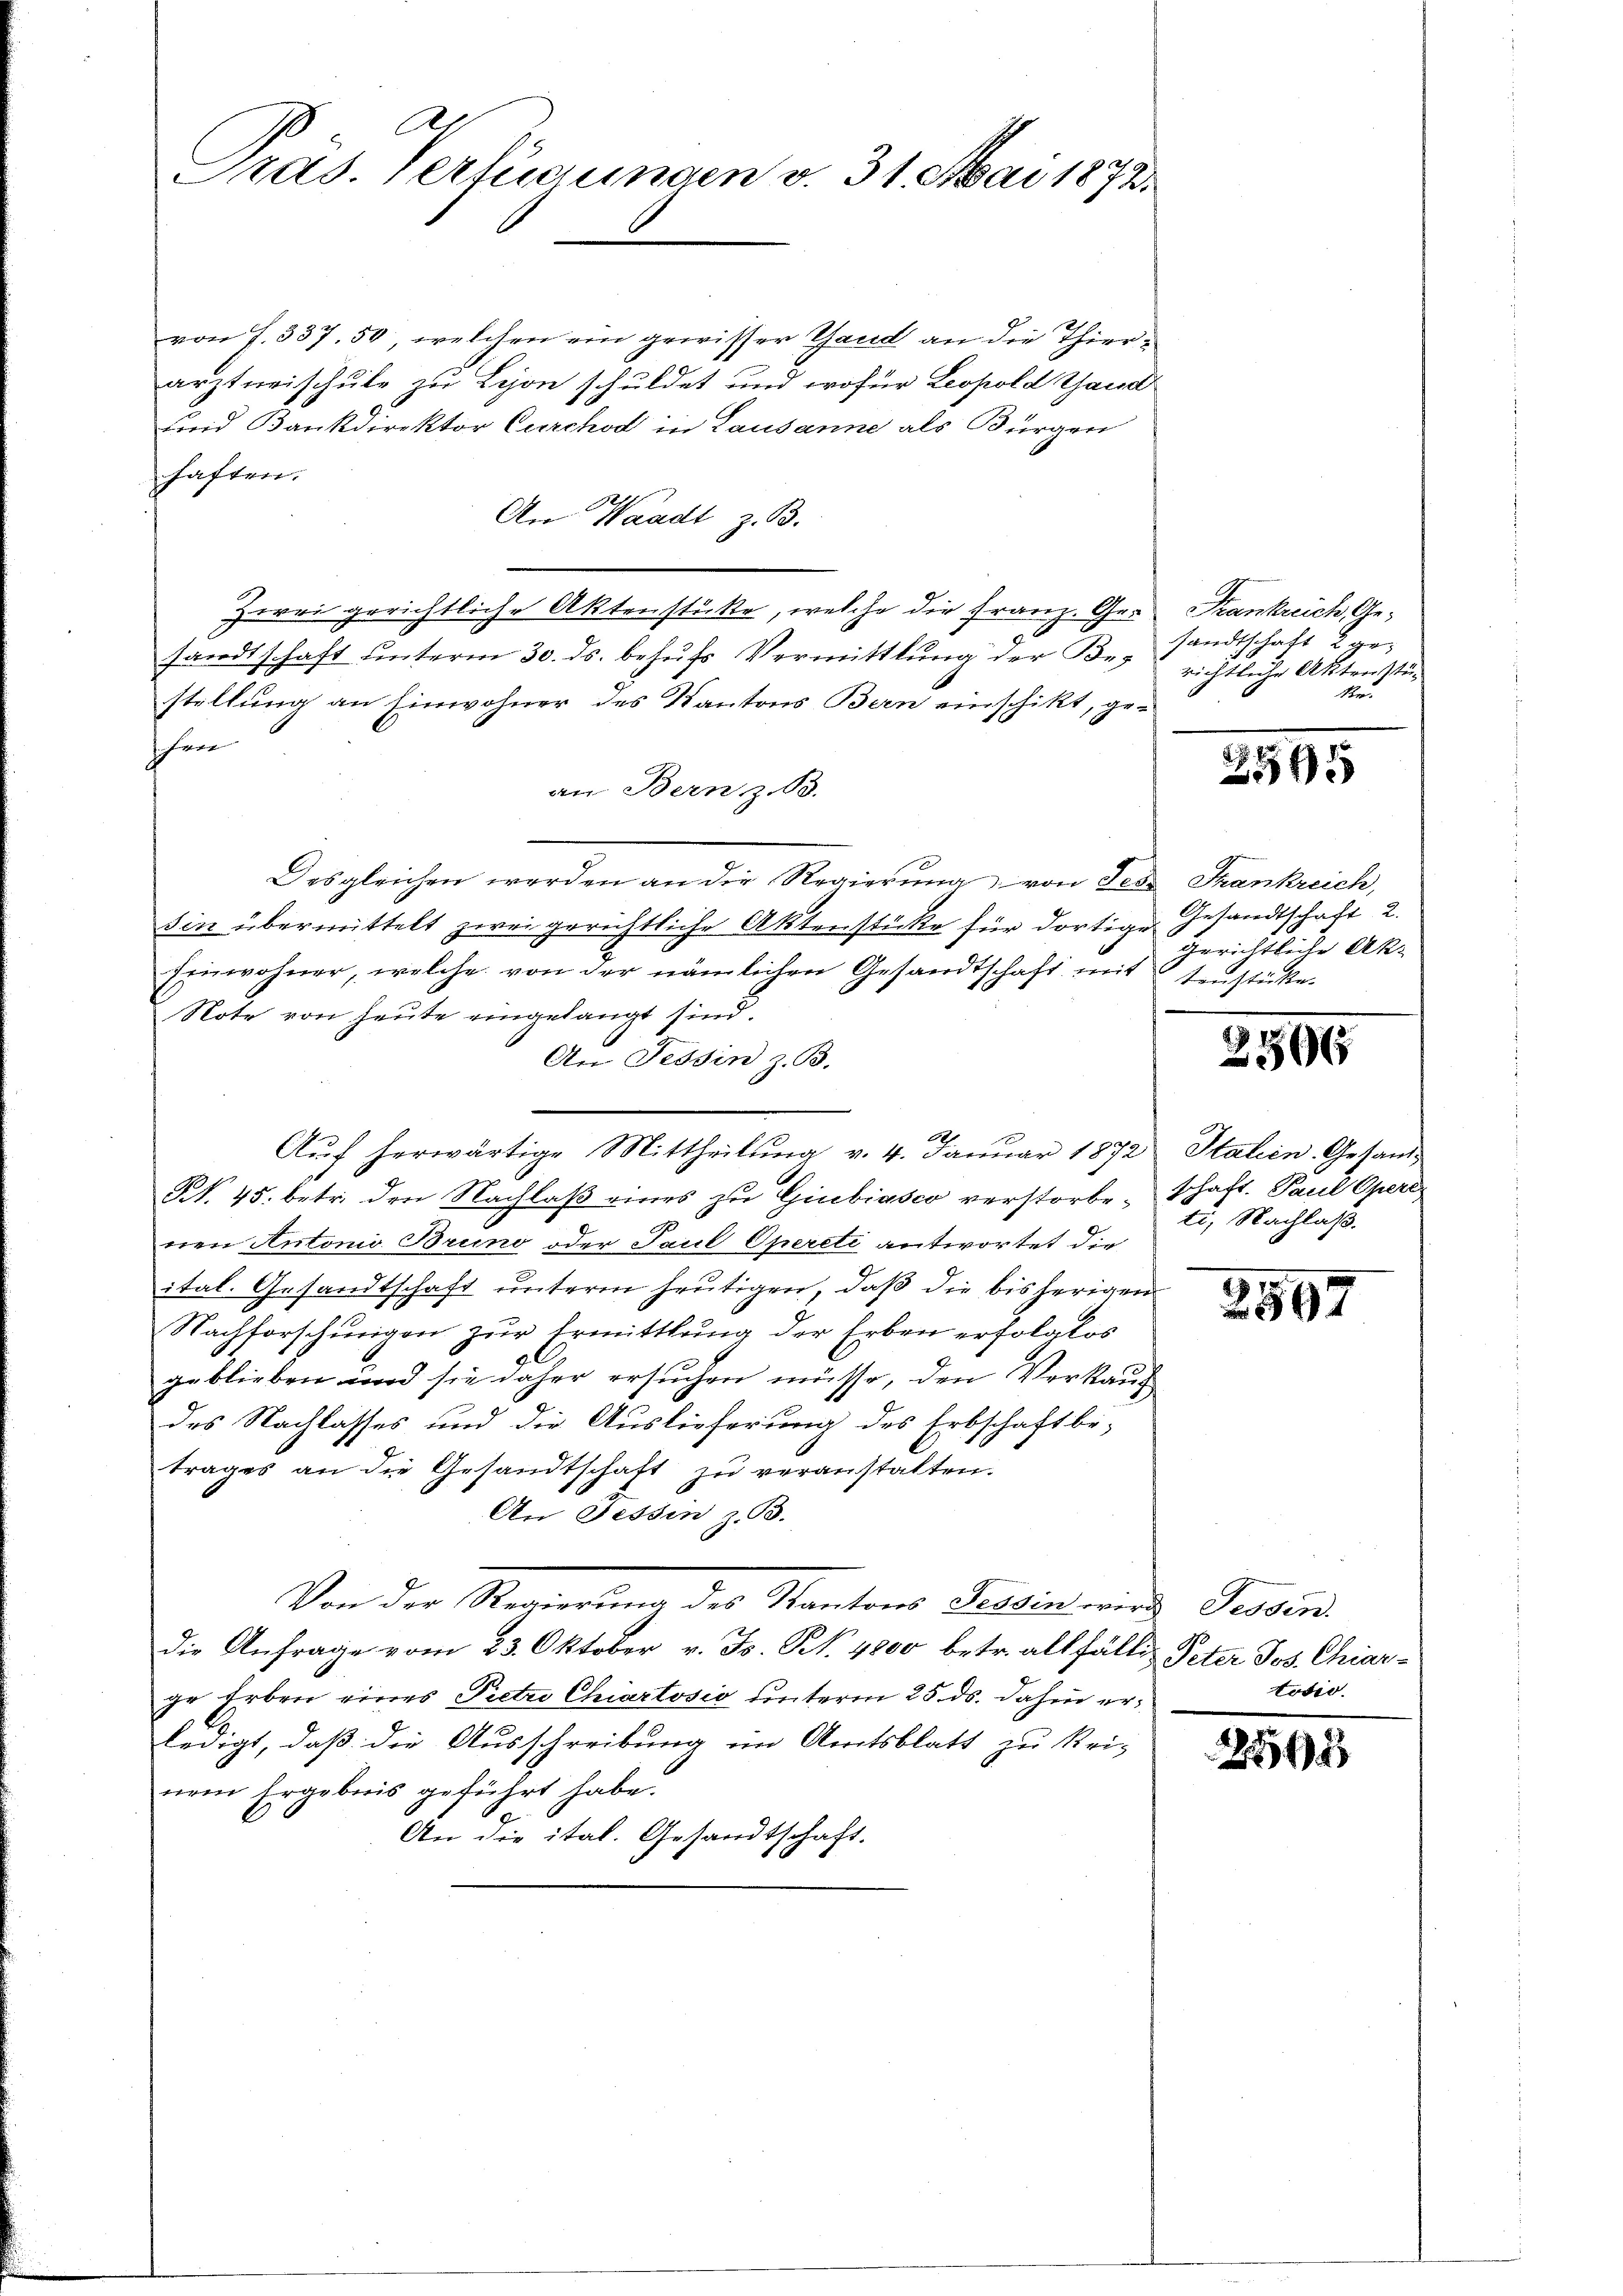
Al
Srad. Verfügungen v. 31. Mai 1873.

von f. 337, 50, welchen ein gewisser Thand an die Thierarztneischule zu Lyon schuldet und wofür Leopold Gand
Lid Bankdirektor Curchod in Lausanne als Bürgen
haften.
An Waadt z. B.
Zwei gerichtliche Aktenstücke, welche die Franz. Ge- Krankreich, Gesandtschaft unterm 30. ds. behufs Vermittlung der Bez
stellung an Einwohner des Kantons Bern einschikt, geschwer
an Bern z. B.
Desgleichen werden an die Regierŭng von Jede Frankreich,
sin übermittelt zwei gerichtliche Aktenstücke für dortige Gesandtschaft 2.
Einwohner, welche von der nämlichen Gesandtschaft mittersticke-
Note von heute eingelangt sind.
An Tessin z. B.
Aŭf herwärtige Mittheilŭng v. 4. Janŭar 1872 Italien Gesand¬
N. 45. betr. den Nachlaß eines zu Giubiasco verstorbeschaft. Paul Opere
eren Antonio Bruno oder Paul Opereti antwortet die
ital. Gesandtschaft unterm heutigen, daß die bisherigen
Nachforschungen zur Ermittlung der Erben erfolglos
geblieben und sie daher ersuchen müsse, den Verkauf
des Nachlasses und die Auslieferung des Erbschaft be-
trages an die Gesandtschaft zu veranstalten.
An Tessin z. B.
Von der Regierung des Kantons Tessin wird Fessen.
die Anfrage vom 23. Oktober v. Js. N. 4800 betr. allfällig Peter Jos. Chiar-
ge Erben eines Pietro Chiartosio unterm 25. ds. dahin erledigt, daß die Ausschreibung im Amtsblatt zu krie
nem Ergebnis geführt habe.
An die ital. Gesandtschaft.

sandtschaft 2 ge-
richtliche Akten stün
Ri¬

2595

gerichtliche Ak¬
.

2596

ti, Nachlaß.

2897

todir.

2545